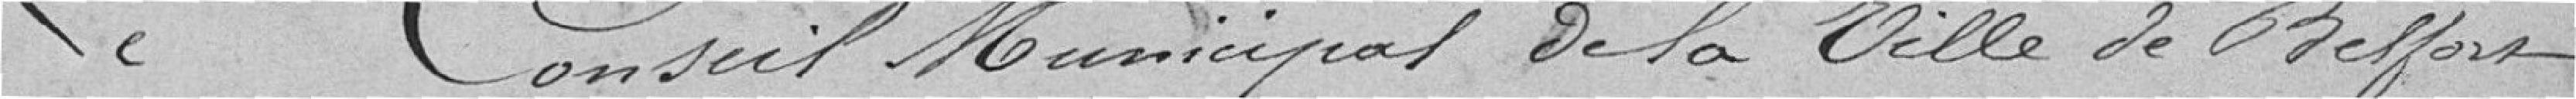
Le Conseil Municipal de la Ville de Belfort